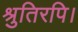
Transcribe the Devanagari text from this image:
श्रुतिरपि।